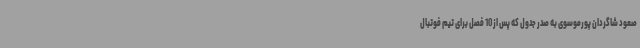
صعود شاگردان پورموسوی به صدر جدول که پس از 10 فصل برای تیم فوتبال